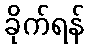
ခိုက်ရန်